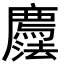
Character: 𢌇